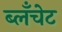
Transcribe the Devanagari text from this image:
ब्लॅंचेट